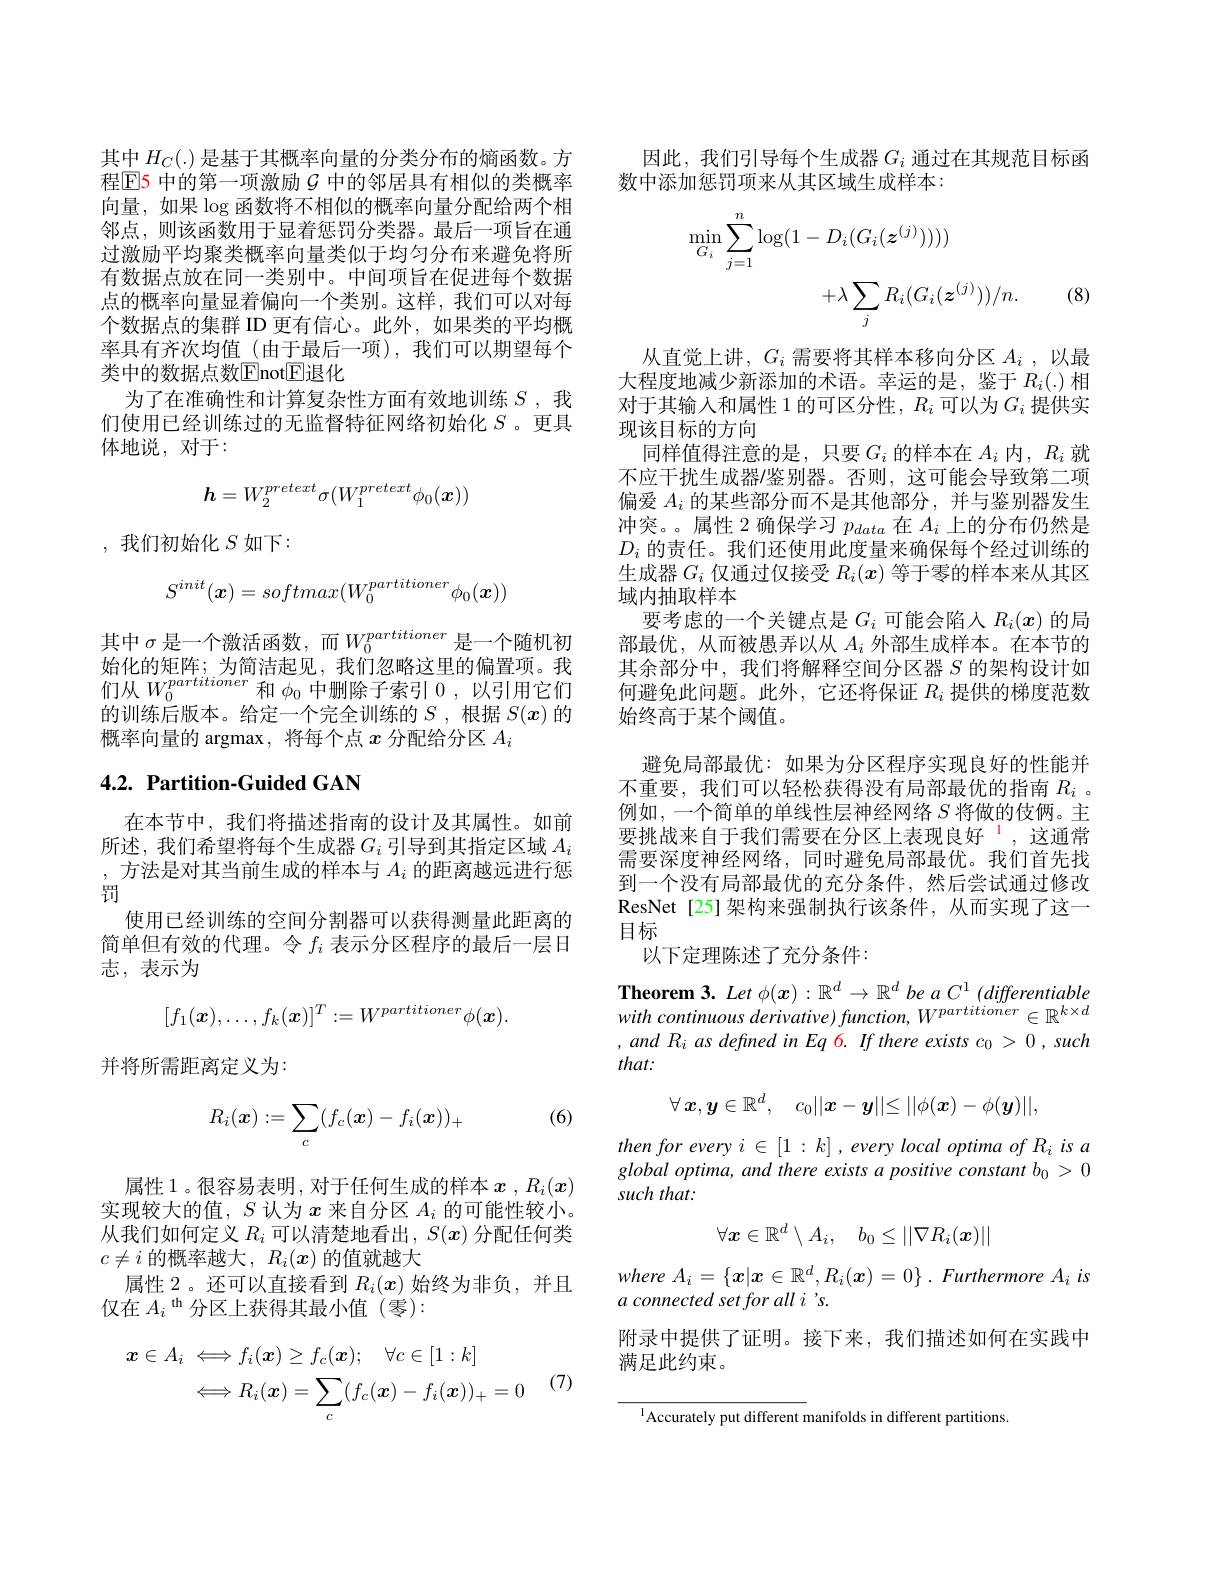
其中$H_C(.)$是基于其概率向量的分类分布的熵函数。方程$\mathbb{E}$5 中的第一项激励$\mathcal{G}$ 中的邻居具有相似的类概率向量，如果$\log$函数将不相似的概率向量分配给两个相邻点，则该函数用于显着惩罚分类器。最后一项旨在通过激励平均聚类概率向量类似于均匀分布来避免将所有数据点放在同一类别中。中间项旨在促进每个数据点的概率向量显着偏向一个类别。这样，我们可以对每个数据点的集群 ID 更有信心。此外，如果类的平均概率具有齐次均值(由于最后一项),我们可以期望每个类中的数据点数$\mathbb{E}$not$\mathbb{E}$退化
为了在准确性和计算复杂性方面有效地训练$S$,我们使用已经训练过的无监督特征网络初始化$S$ 。更具体地说，对于：
$$\boldsymbol{h}=W_2^{pretext}\sigma(W_1^{pretext}\phi_0(\boldsymbol{x}))$$
,我们初始化$S$如下：
$$S^{init}(\boldsymbol{x})=softmax(W_0^{partitioner}\phi_0(\boldsymbol{x}))$$
其中$\sigma$是一个激活函数，而$W_0^{partitioner}$是一个随机初始 化 的 矩 阵 ; 为 简 洁 起 见 , 我 们 忽 略 这 里 的 偏 置 项 。我 们 从 $W_{0}^{partitioner}$和 $\phi _{0}$ 中 删 除 子 索 引 0, 以 引 用 它 们 故 调 在 一 些 上的训练后版本。给定一个完全训练的$S$,根据$S(x)$的概率向量的 argmax, 将每个点$x$分配给分区$A_i$

# $4. 2. \textbf{ Partition- Guided GAN}$

在本节中，我们将描述指南的设计及其属性。如前所述，我们希望将每个生成器$G_i$ 引导到其指定区域 $A_i$ , 方法是对其当前生成的样本与$A_i$的距离越远进行惩罚
使用已经训练的空间分割器可以获得测量此距离的简单但有效的代理。令$f_i$表示分区程序的最后一层日志，表示为
$$[f_1(\boldsymbol{x}),\ldots,f_k(\boldsymbol{x})]^T:=W^{partitioner}\phi(\boldsymbol{x}).$$
并将所需距离定义为：

(6)
$$R_i(\boldsymbol{x}):=\sum_c(f_c(\boldsymbol{x})-f_i(\boldsymbol{x}))_+$$
属性 1 。很容易表明 , 对于任何生成的样本$x$ , $R_i(x)$ 实现较大的值，$S$认为$x$来自分区$A_i$的可能性较小。从我们如何定义$R_i$可以清楚地看出，$S(x)$分配任何类$c\neq i$的概率越大，$R_i(\boldsymbol{x})$的值就越大
属性 2。还可以直接看到$R_i(x)$始终为非负，并且
仅在$A_i^\mathrm{th}$分区上获得其最小值(零):
$$\begin{aligned}\boldsymbol{x}\in A_i&\iff f_i(\boldsymbol{x})\geq f_c(\boldsymbol{x});\quad\forall c\in[1:k]\\&\iff R_i(\boldsymbol{x})=\sum_c(f_c(\boldsymbol{x})-f_i(\boldsymbol{x}))_+=0\end{aligned}$$
因此，我们引导每个生成器$G_i$通过在其规范目标函
数中添加惩罚项来从其区域生成样本：
$$\begin{aligned}\min_{G_{i}}\sum_{j=1}^{n}\log(1-D_{i}(G_{i}(z^{(j)}))))\\&+\lambda\sum_{j}R_{i}(G_{i}(\boldsymbol{z}^{(j)}))/n.\end{aligned}$$
(8)

从直觉上讲，$G_i$需要将其样本移向分区$A_i$,以最大程度地减少新添加的术语。幸运的是，鉴于$R_i(.)$相对于其输入和属性 1 的可区分性，$R_i$可以为$G_i$提供实现该目标的方向
同样值得注意的是，只要$G_i$的样本在$A_i$内，$R_i$就不应干扰生成器/鉴别器。否则，这可能会导致第二项偏爱$A_i$的某些部分而不是其他部分，并与鉴别器发生冲突。属性 2 确保学习$p_data$在$A_i$上的分布仍然是$D_i$的责任。我们还使用此度量来确保每个经过训练的生成器$G_i$仅通过仅接受$R_i(x)$等于零的样本来从其区域内抽取样本
要考虑的一个关键点是$G_i$可能会陷入$R_i(x)$的局部最优，从而被愚弄以从$A_i$外部生成样本。在本节的其余部分中，我们将解释空间分区器$S$的架构设计如何避免此问题。此外，它还将保证$R_i$提供的梯度范数始终高于某个阈值。
避免局部最优：如果为分区程序实现良好的性能并不重要，我们可以轻松获得没有局部最优的指南$R_i$ 。例如，一个简单的单线性层神经网络$S$将做的伎俩。主要挑战来自于我们需要在分区上表现良好 ,这通常需要深度神经网络，同时避免局部最优。我们首先找到一个没有局部最优的充分条件，然后尝试通过修改ResNet[25]架构来强制执行该条件，从而实现了这一目标
以下定理陈述了充分条件：

Theorem 3. Let $\phi(x):\mathbb{R}^d\to\mathbb{R}^d$ be a C$^1$ (differentiable with continuous derivative) function, W$^{partitioner}\in\mathbb{R}^{k\times d}$ $,andR_{i}$ as defined in Eq 6. If there exists $c_0>0,such$ that:
$$\forall\:\boldsymbol{x},\boldsymbol{y}\in\mathbb{R}^d,\quad c_0||\boldsymbol{x}-\boldsymbol{y}||\leq||\phi(\boldsymbol{x})-\phi(\boldsymbol{y})||,$$
$then\textit{for every }i\in [ 1: k]$ , every local optima of Ri is a global optima, and there exists a positive constant bo > 0 such that:
$$\forall\boldsymbol{x}\in\mathbb{R}^d\setminus A_i,\quad b_0\leq||\nabla R_i(\boldsymbol{x})||$$
where $A_i= \{ x| x\in \mathbb{R} ^d, R_i( \boldsymbol{x}) = 0\}$ . Furthermore $A_i$ $is$
$a\textit{connected set for all i ' s}.$
附录中提供了证明。接下来，我们描述如何在实践中
满足此约束。

$^{1}$Accurately put different manifolds in different partitions.